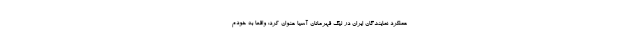
عملکرد نمایندگان ایران در لیگ قهرمانان آسیا عنوان کرد: واقعا به خودم